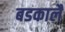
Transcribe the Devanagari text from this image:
बडकालै